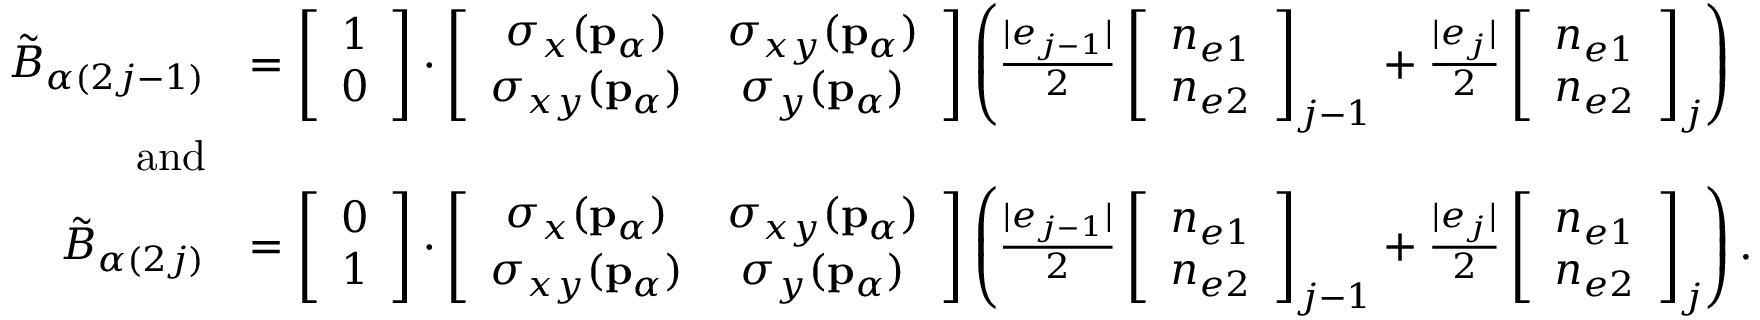
\begin{array} { r l } { \tilde { B } _ { \alpha ( 2 j - 1 ) } } & { = \left[ \begin{array} { c } { 1 } \\ { 0 } \end{array} \right] \cdot \left[ \begin{array} { c c } { \sigma _ { x } ( \mathbf { p } _ { \alpha } ) } & { \sigma _ { x y } ( \mathbf { p } _ { \alpha } ) } \\ { \sigma _ { x y } ( \mathbf { p } _ { \alpha } ) } & { \sigma _ { y } ( \mathbf { p } _ { \alpha } ) } \end{array} \right] \left( \frac { | e _ { j - 1 } | } { 2 } \left[ \begin{array} { c } { n _ { e 1 } } \\ { n _ { e 2 } } \end{array} \right] _ { j - 1 } + \frac { | e _ { j } | } { 2 } \left[ \begin{array} { c } { n _ { e 1 } } \\ { n _ { e 2 } } \end{array} \right] _ { j } \right) } \\ { \mathrm { \normalfont ~ a n d } } & { } \\ { \tilde { B } _ { \alpha ( 2 j ) } } & { = \left[ \begin{array} { c } { 0 } \\ { 1 } \end{array} \right] \cdot \left[ \begin{array} { c c } { \sigma _ { x } ( \mathbf { p } _ { \alpha } ) } & { \sigma _ { x y } ( \mathbf { p } _ { \alpha } ) } \\ { \sigma _ { x y } ( \mathbf { p } _ { \alpha } ) } & { \sigma _ { y } ( \mathbf { p } _ { \alpha } ) } \end{array} \right] \left( \frac { | e _ { j - 1 } | } { 2 } \left[ \begin{array} { c } { n _ { e 1 } } \\ { n _ { e 2 } } \end{array} \right] _ { j - 1 } + \frac { | e _ { j } | } { 2 } \left[ \begin{array} { c } { n _ { e 1 } } \\ { n _ { e 2 } } \end{array} \right] _ { j } \right) . } \end{array}